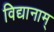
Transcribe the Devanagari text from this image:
विद्यानाम्